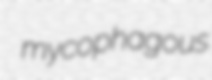
mycophagous